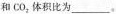
和 CO_ { 2 } 体积比为___。